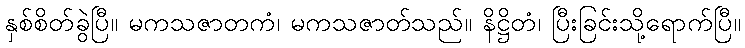
နှစ်စိတ်ခွဲပြီ။ မကသဇာတကံ၊ မကသဇာတ်သည်။ နိဋ္ဌိတံ၊ ပြီးခြင်းသို့ရောက်ပြီ။